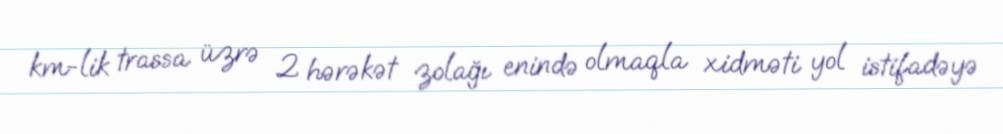
km-lik trassa üzrə 2 hərəkət zolağı enində olmaqla xidməti yol istifadəyə